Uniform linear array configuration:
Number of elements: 12
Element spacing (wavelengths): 0.75
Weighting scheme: cosine
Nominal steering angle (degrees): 45
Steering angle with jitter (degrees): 44.518
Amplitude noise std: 0.05
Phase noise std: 0.05

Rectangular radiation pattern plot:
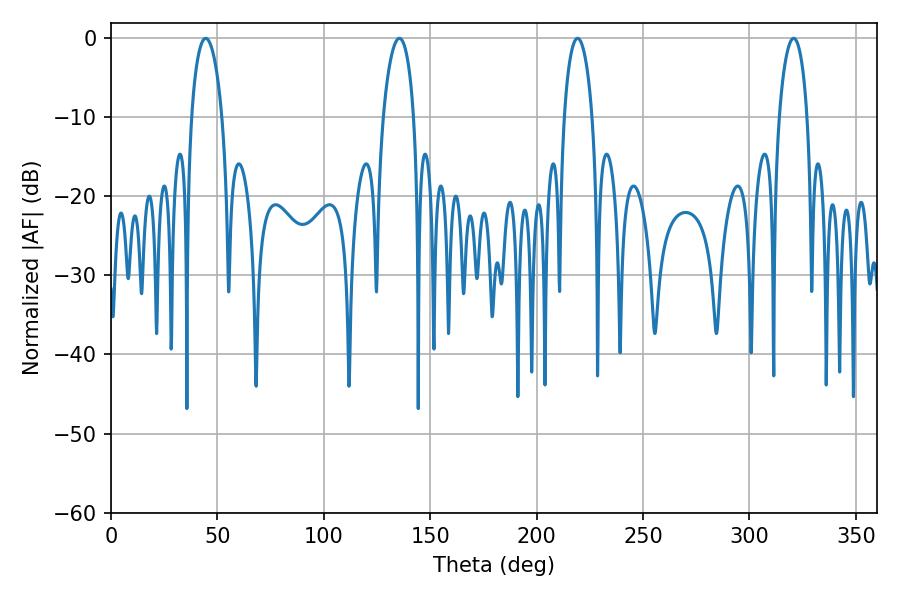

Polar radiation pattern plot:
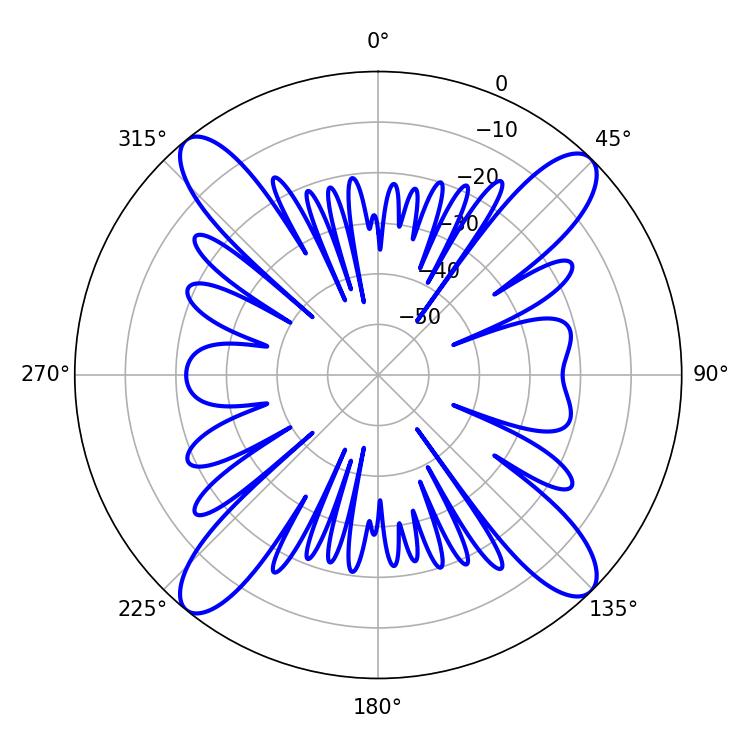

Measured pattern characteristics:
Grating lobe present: TRUE
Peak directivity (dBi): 17.373
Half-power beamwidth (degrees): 7.38
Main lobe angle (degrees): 219.24